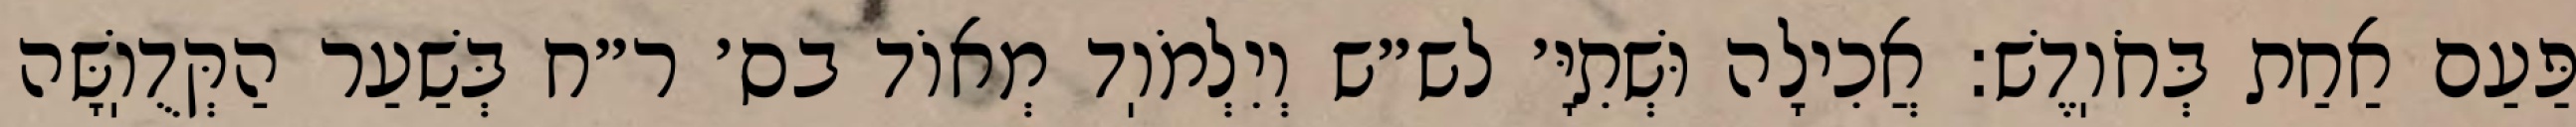
פַּעַם אַחַת בְּחֹוֽדֶשׁ: אֲכִילָה וּשְׁתִיָּ׳ לש״ש וְיִלְמֹוֽד מְאוֹד בס׳ ר״ח בְּשַׁעַר הַקְּדֻוֽשָּׁה